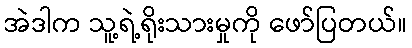
အဲဒါက သူ့ရဲ့ရိုးသားမှုကို ဖော်ပြတယ်။